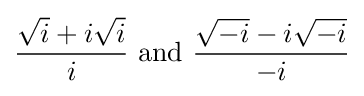
{\frac {{\sqrt {i}}+i{\sqrt {i}}}{i}}{\text{ and }}{\frac {{\sqrt {-i}}-i{\sqrt {-i}}}{-i}}